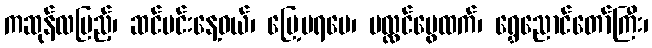
ကဆုန်လပြည့်၊ ဆင်မင်းနေ့ဝယ်၊ မြေ့ပရမေ၊ ပလ္လင်ဗွေထက်၊ ရွှေညောင်တော်ကြီး၊